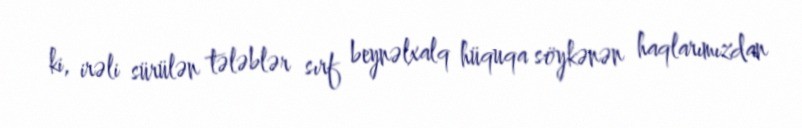
ki, irəli sürülən tələblər sırf beynəlxalq hüquqa söykənən haqlarımızdan